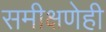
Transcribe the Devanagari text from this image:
समीक्षणेही